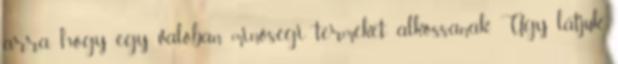
arra, hogy egy valóban minőségi terméket alkossanak. Úgy látjuk,